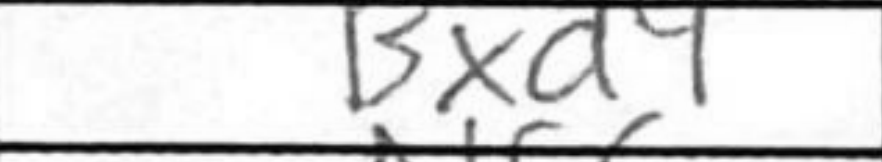
Transcription: Bxd4